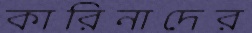
কারিনাদের